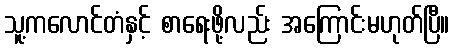
သူ့ကလောင်တံနှင့် စာရေးဖို့လည်း အကြောင်းမဟုတ်ပြီ။